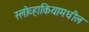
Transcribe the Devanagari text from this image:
स्लोव्हाकियामधील